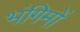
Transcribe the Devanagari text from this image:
भंगिमों